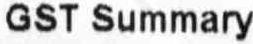
GST SUMMARY